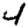
Digit: 4